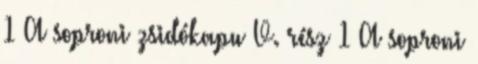
1 A soproni zsidókapu V. rész 1 A soproni